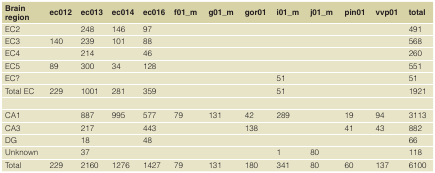
<table><thead><tr><td><b>Brainregion</b></td><td><b>ec012</b></td><td><b>ec013</b></td><td><b>ec014</b></td><td><b>ec016</b></td><td><b>f01_m</b></td><td><b>g01_m</b></td><td><b>gor01</b></td><td><b>i01_m</b></td><td><b>j01_m</b></td><td><b>pin01</b></td><td><b>vvp01</b></td><td><b>total</b></td></tr></thead><tbody><tr><td>EC2</td><td></td><td>248</td><td>146</td><td>97</td><td></td><td></td><td></td><td></td><td></td><td></td><td></td><td>491</td></tr><tr><td>EC3</td><td>140</td><td>239</td><td>101</td><td>88</td><td></td><td></td><td></td><td></td><td></td><td></td><td></td><td>568</td></tr><tr><td>EC4</td><td></td><td>214</td><td></td><td>46</td><td></td><td></td><td></td><td></td><td></td><td></td><td></td><td>260</td></tr><tr><td>EC5</td><td>89</td><td>300</td><td>34</td><td>128</td><td></td><td></td><td></td><td></td><td></td><td></td><td></td><td>551</td></tr><tr><td>EC?</td><td></td><td></td><td></td><td></td><td></td><td></td><td></td><td>51</td><td></td><td></td><td></td><td>51</td></tr><tr><td>Total EC</td><td>229</td><td>1001</td><td>281</td><td>359</td><td></td><td></td><td></td><td>51</td><td></td><td></td><td></td><td>1921</td></tr><tr><td>CA1</td><td></td><td>887</td><td>995</td><td>577</td><td>79</td><td>131</td><td>42</td><td>289</td><td></td><td>19</td><td>94</td><td>3113</td></tr><tr><td>CA3</td><td></td><td>217</td><td></td><td>443</td><td></td><td></td><td>138</td><td></td><td></td><td>41</td><td>43</td><td>882</td></tr><tr><td>DG</td><td></td><td>18</td><td></td><td>48</td><td></td><td></td><td></td><td></td><td></td><td></td><td></td><td>66</td></tr><tr><td>Unknown</td><td></td><td>37</td><td></td><td></td><td></td><td></td><td></td><td>1</td><td>80</td><td></td><td></td><td>118</td></tr><tr><td>Total</td><td>229</td><td>2160</td><td>1276</td><td>1427</td><td>79</td><td>131</td><td>180</td><td>341</td><td>80</td><td>60</td><td>137</td><td>6100</td></tr></tbody></table>